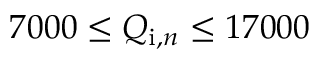
7 0 0 0 \leq Q _ { \mathrm { i } , n } \leq 1 7 0 0 0